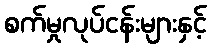
စက်မှုလုပ်ငန်းများနှင့်